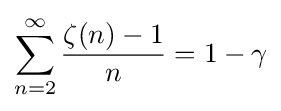
\sum _{n=2}^{\infty }{\frac {\zeta (n)-1}{n}}=1-\gamma